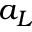
a _ { L }